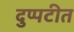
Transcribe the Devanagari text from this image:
दुप्पटीत